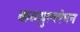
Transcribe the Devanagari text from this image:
कठमुल्लेपन